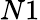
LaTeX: N1